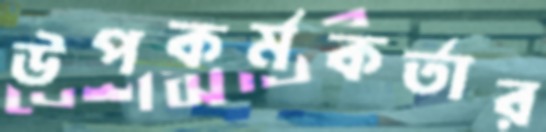
উপকর্মকর্তার